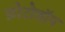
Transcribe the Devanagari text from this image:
फ़ोटोशॉप